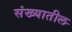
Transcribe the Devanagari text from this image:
संख्यातील